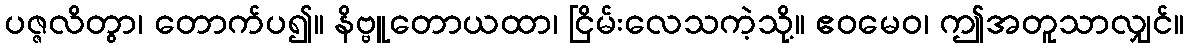
ပဇ္ဇလိတွာ၊ တောက်ပ၍။ နိဗ္ဗူတောယထာ၊ ငြိမ်းလေသကဲ့သို့။ ဧဝမေဝ၊ ဤအတူသာလျှင်။